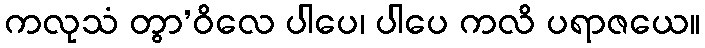
ကလုသံ တွာ’ဝိလေ ပါပေ၊ ပါပေ ကလိ ပရာဇယေ။